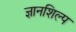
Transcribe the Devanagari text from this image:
ज्ञानशिल्प